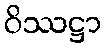
ဝိဿဋ္ဌာ